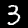
Digit: 3